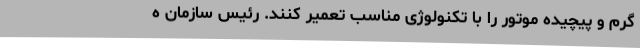
گرم و پیچیده موتور را با تکنولوژی مناسب تعمیر کنند. رئیس سازمان ه